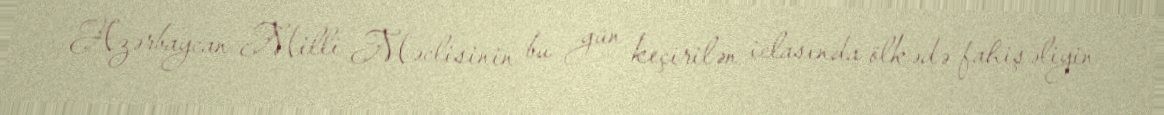
Azərbaycan Milli Məclisinin bu gün keçirilən iclasında ölkədə fahişəliyin